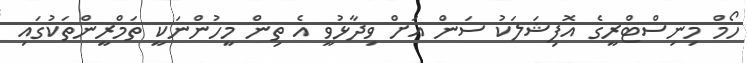
ހޯމް މިނިސްޓްރީގެ އޮފިޝަލަކު ސަން އަށް ވިދާޅުވީ އެ ތިން މީހުންނަކީ ތަމްރީންތަކުގައި